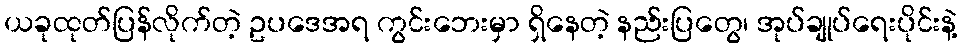
ယခုထုတ်ပြန်လိုက်တဲ့ ဥပဒေအရ ကွင်းဘေးမှာ ရှိနေတဲ့ နည်းပြတွေ၊ အုပ်ချုပ်ရေးပိုင်းနဲ့